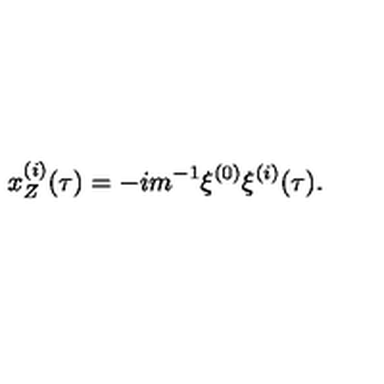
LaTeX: x _ { Z } ^ { ( i ) } ( \tau ) = - i m ^ { - 1 } \xi ^ { ( 0 ) } \xi ^ { ( i ) } ( \tau ) .